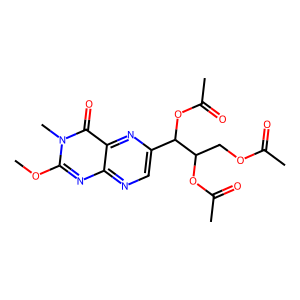
SMILES: COc1nc2ncc(C(OC(C)=O)C(COC(C)=O)OC(C)=O)nc2c(=O)n1C
Inhibits HIV replication: No